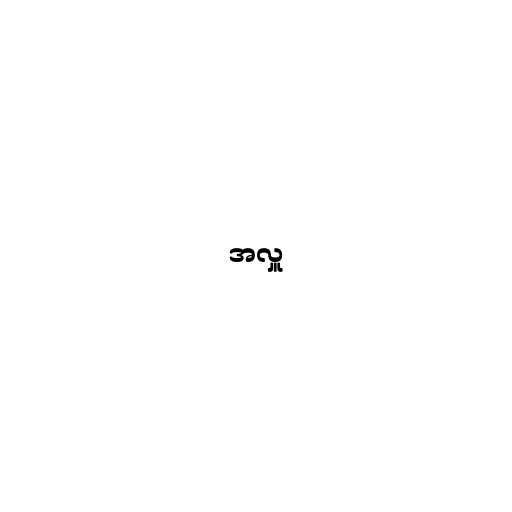
အလှူ